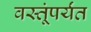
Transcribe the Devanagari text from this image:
वस्तूंपर्यंत